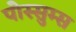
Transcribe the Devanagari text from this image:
पोस्सुम्स